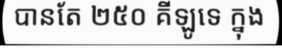
បានតែ ២៥០ គីឡូទេ ក្នុង